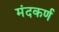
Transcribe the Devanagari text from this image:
मंदकर्ण